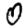
Digit: 0